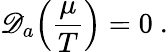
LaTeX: \mathscr{D}_{a}\Big(\frac{\mu}{T}\Big)=0~.